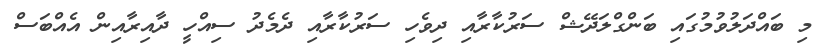
މި ބައްދަލުވުމުގައި ބަންގްލަދޭޝް ސަރުކާރާއި ދިވެހި ސަރުކާރާއި ދެމެދު ސިއްހީ ދާއިރާއިން އެއްބަސް